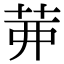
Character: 𦮉